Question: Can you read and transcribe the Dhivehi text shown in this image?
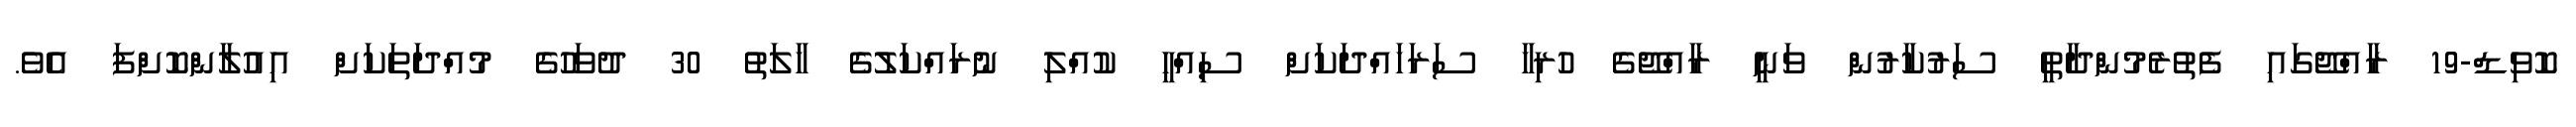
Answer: ކޮވިޑް-19 ރާއްޖޭގައި ފެތުރެމުންދާތީ ސަރުކާރުން ވަނީ ރާއްޖޭގެ ހުރިހާ ސަރަހައްދަކަށް ސިއްހީ ކުއްލި ނުރައްކަލުގެ ހާލަތު 30 ދުވަހުގެ މުއްދަތަކަށް އިއުލާންކޮށްފަ އެވެ.